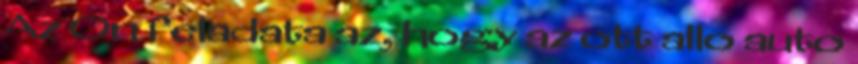
Az On feladata az, hogy az ott allo auto